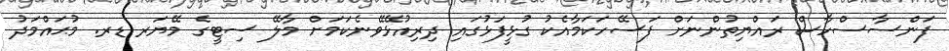
ފަންސާސްހާސް ރައްޔިތުންނަށް ފަސޭހަކަމާއެކު ގުޅީފަޅުގައި ދިރިއުޅޭވޭނެކަމަށް މާލޭ ސިޓީގެ މޭޔަރ ޑރ. މުޙައްމަދު